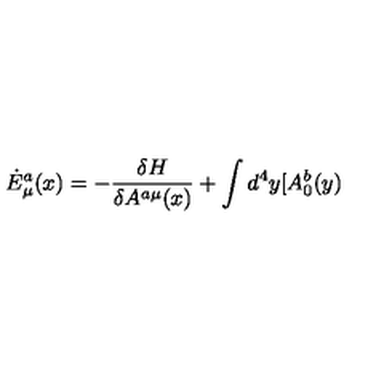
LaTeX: \dot { E } _ { \mu } ^ { a } ( x ) = - \frac { \delta H } { \delta A ^ { a \mu } ( x ) } + \int d ^ { 4 } y [ A _ { 0 } ^ { b } ( y )